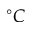
^ { \circ } C